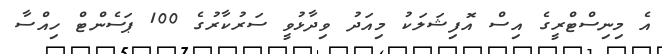
އެ މިނިސްޓްރީގެ އިސް އޮފިޝަލަކު މިއަދު ވިދާޅުވީ ސަރުކާރުގެ 100 ޕަސެންޓް ހިއްސާ